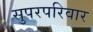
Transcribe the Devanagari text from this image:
सुपरपरिवार